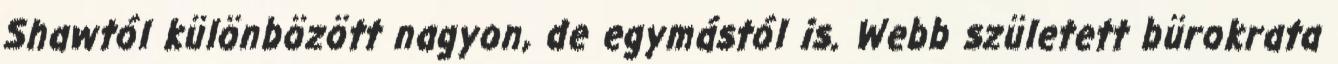
Shawtól különbözött nagyon, de egymástól is. Webb született bürokrata